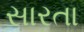
સારતા